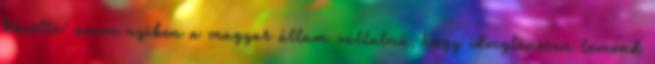
közölte: amen�nyiben a magyar állam vállalná, hogy ideiglenesen lemond